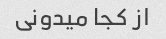
از کجا میدونی